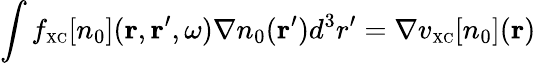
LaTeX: \int f_{\scriptscriptstyle\mathrm{XC}}[n_{0}]({\mathbf r},{\mathbf r}^{\prime},\omega)\nabla n_{0}({\mathbf r}^{\prime})d^{3}r^{\prime}=\nabla v_{\scriptscriptstyle\mathrm{XC}}[n_{0}]({\mathbf r})